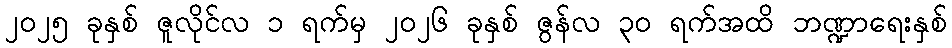
၂၀၂၅ ခုနှစ် ဇူလိုင်လ ၁ ရက်မှ ၂၀၂၆ ခုနှစ် ဇွန်လ ၃၀ ရက်အထိ ဘဏ္ဍာရေးနှစ်